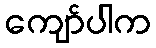
ကျော်ပါက